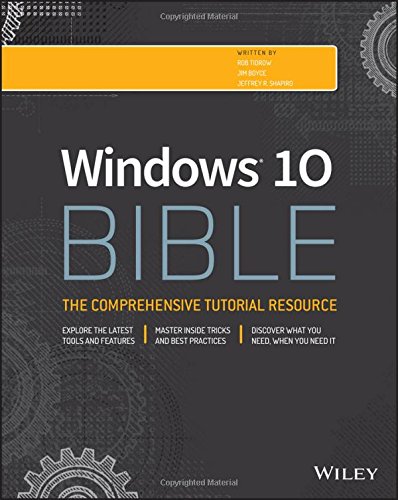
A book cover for Windows 10 Bible; Rob Tidrow; Computers & Technology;